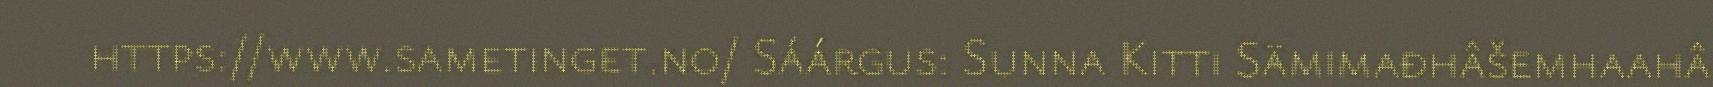
https://www.sametinget.no/ Sáárgus: Sunna Kitti Sämimađhâšemhaahâ